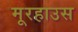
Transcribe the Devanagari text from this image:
मूरहाउस